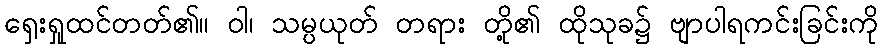
ရှေးရှုထင်တတ်၏။ ဝါ၊ သမ္ပယုတ် တရား တို့၏ ထိုသုခ၌ ဗျာပါရကင်းခြင်းကို